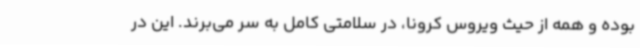
بوده و همه از حیث ویروس کرونا، در سلامتی کامل به سر می‌برند. این در